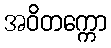
အဝိတက္ကော